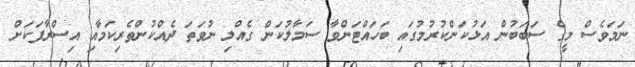
ނަމަވެސް މީގެ ސަބަބުން އަޅުކަންކުރުމުގައި ބަހައްޓަންވާ ސަމާލުކަން ގެއްލި ނުވަތަ ދެއްކުންތެރިކަމާއި އިސްރާފަކަށް